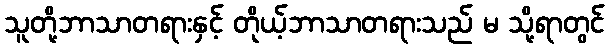
သူတို့ဘာသာတရားနှင့် တိုယ့်ဘာသာတရားသည် မ သို့ရာတွင်